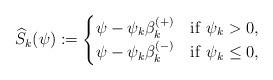
LaTeX: \begin{align*}\widehat{S}_k(\psi) := \begin{cases}\psi - \psi_k \beta_k ^{(+)} &{\rm if}\ \psi_k >0,\\\psi - \psi_k \beta_k ^{(-)} &{\rm if}\ \psi_k \le 0,\end{cases}\end{align*}